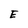
Character: E